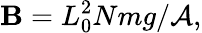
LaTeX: \mathbf{B}=L_{0}^{2}Nmg/\mathcal{{A}},